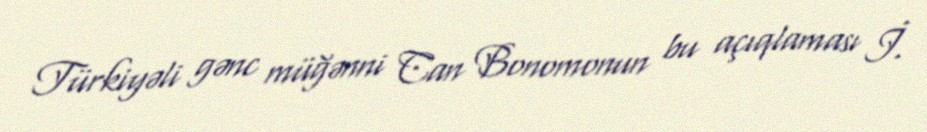
Türkiyəli gənc müğənni Can Bonomonun bu açıqlaması İ.